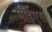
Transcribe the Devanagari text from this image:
पीईएस